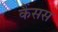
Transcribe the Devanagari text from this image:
कैंसस